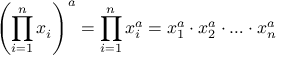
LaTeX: \left( \prod _ { i = 1 } ^ { n } x _ { i } \right) ^ { a } = \prod _ { i = 1 } ^ { n } x _ { i } ^ { a } = x _ { 1 } ^ { a } \cdot x _ { 2 } ^ { a } \cdot \ldots \cdot x _ { n } ^ { a }